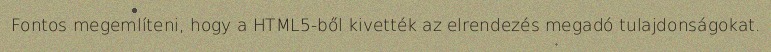
Fontos megemlíteni, hogy a HTML5-ből kivették az elrendezés megadó tulajdonságokat.